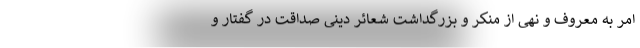
امر به معروف و نهی از منکر و بزرگداشت شعائر دینی صداقت در گفتار و